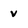
Character: v